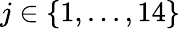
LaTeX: j\in\{ 1,...,14\}